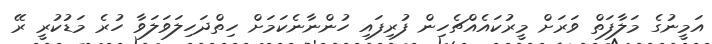
އަމީނުގެ މަލާފަތް ވަރަށް މީރުކައެއްޗެހިން ފުރިފައި ހުންނާނެކަމަށް ހިތްދަހިލަވަލަވާ ހުރެ މަޑުކުރީ ރޭ